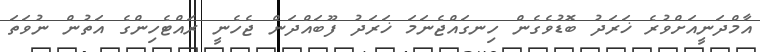
އާމްދަނީއަށްވުރެ ޚަރަދު ބޮޑުވެގެން ހިނގައްޖެނަމަ ޚަރަދު ފޫބައްދަން ޖެހެނީ ރައްޓެހިންގެ އަތުން ނުވަތަ